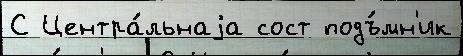
С Центра́льнаjа сост подъ́мн'ик